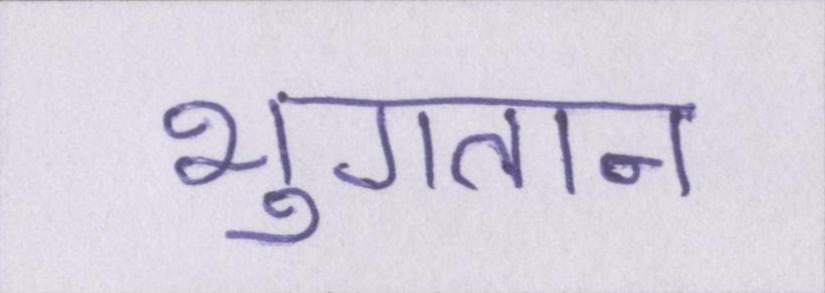
भुगतान